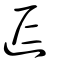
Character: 𨒈